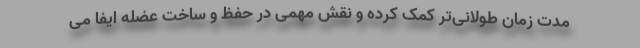
مدت زمان طولانی‌تر کمک کرده و نقش مهمی در حفظ و ساخت عضله ایفا می